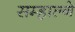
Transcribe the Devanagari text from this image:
सम्हाल्ने